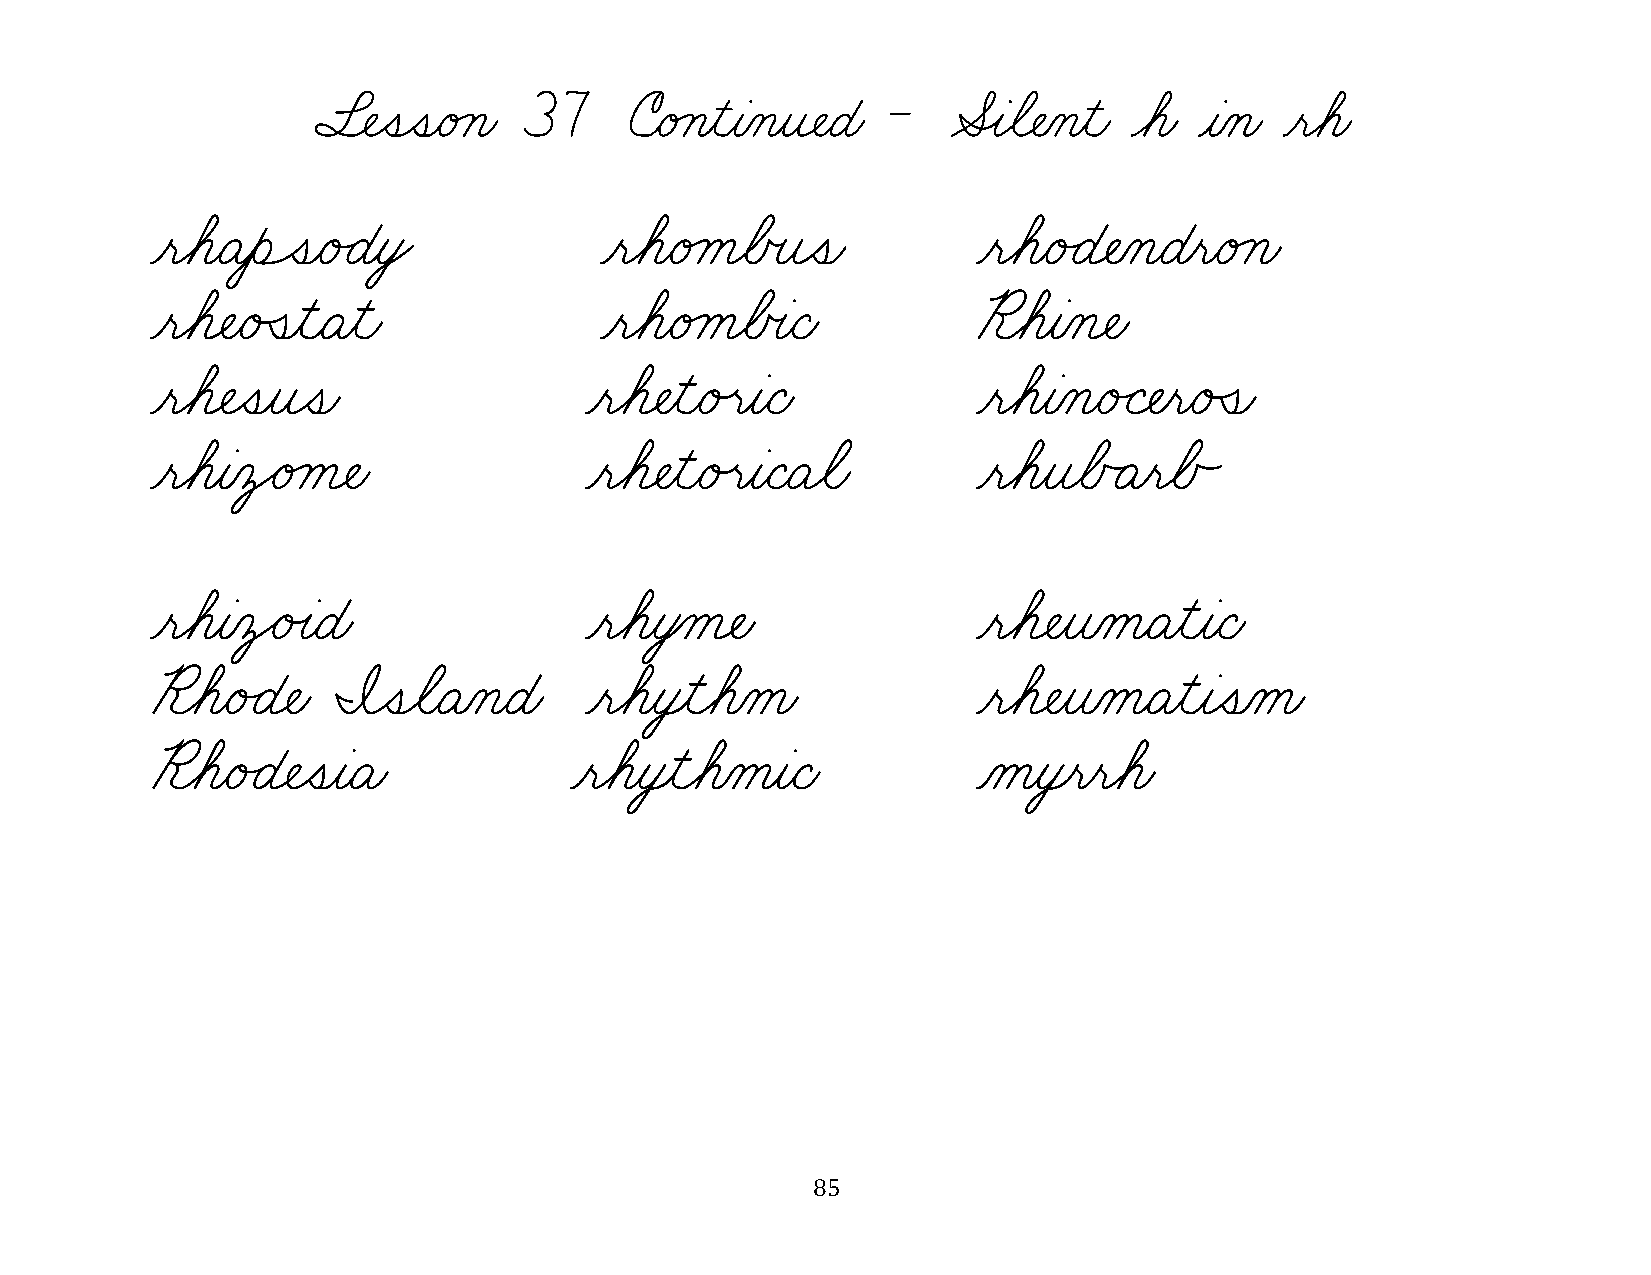
§¬ÑˆíˆíæéÁçæ 37      úæéÁçƒìƒàÀçƒî¬ÑæÉæ - ÆÎàøã¬ÑÀçƒìæ øáæ ƒàÀçæ ƒëøáæ
 ƒëøáæÄƒèÔíæé„ÉƒòŸ             ƒëøáæéÁåøÅœîˆíæ          ƒëøáæé„É¬ÑÀçæÉƒëæéÁçæ
 ƒëøá¬ÑæéÛíƒìæÄƒìæ             ƒëøáæéÁåøÅœàæÇæ          ¨øáƒàÀç¬Ñæ
 ƒëøá¬Ñˆíƒîˆíæ                ƒëøá¬ÑƒìæéÙëƒàæÇæ         ƒëøáƒàÀçæé„Ç¬ÑƒëæéÛíæ
 ƒëøáƒàÀôŸéÁå¬Ñæ              ƒëøá¬ÑƒìæéÙëƒàæÇæÄøãæ     ƒëøáƒîøÅÃÄƒëøÅÃ
 ƒëøáƒàÀôŸéÙàæÉæ              ƒëøáƒò‚å¬Ñæ               ƒëøá¬ÑƒîÀåæÄƒìƒàæÇæ
 ¨øáæé„É¬Ñæ  ˜ˆíøãæÄÀçæÉæ     ƒëøáƒò¸ìøáÀåæ             ƒëøá¬ÑƒîÀåæÄƒìƒàˆíÀåæ
 ¨øáæé„É¬ÑˆíƒàæÄæ            ƒëøáƒò¸ìøáÀåƒàæÇæ          Àåƒò¸ëƒëøáæ
 85